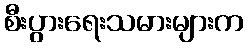
စီးပွားရေးသမားများက